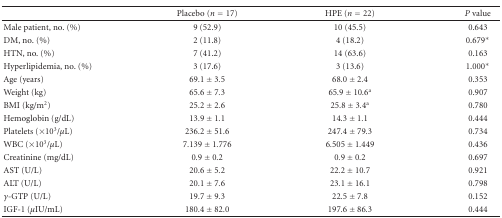
|  | Placebo (n = 17) | HPE (n = 22) | P value |
 | --- | --- | --- | --- |
 | Male patient, no. (%) | 9 (52.9) | 10 (45.5) | 0.643 |
 | DM, no. (%) | 2 (11.8) | 4 (18.2) | 0.679* |
 | HTN, no. (%) | 7 (41.2) | 14 (63.6) | 0.163 |
 | Hyperlipidemia, no. (%) | 3 (17.6) | 3 (13.6) | 1.000* |
 | Age (years) | 69.1 ± 3.5 | 68.0 ± 2.4 | 0.353 |
 | Weight (kg) | 65.6 ± 7.3 | 65.9 ± 10.6a | 0.907 |
 | BMI (kg/m2) | 25.2 ± 2.6 | 25.8 ± 3.4a | 0.780 |
 | Hemoglobin (g/dL) | 13.9 ± 1.1 | 14.3 ± 1.1 | 0.444 |
 | Platelets (×103/μL) | 236.2 ± 51.6 | 247.4 ± 79.3 | 0.734 |
 | WBC (×103/μL) | 7.139 ± 1.776 | 6.505 ± 1.449 | 0.436 |
 | Creatinine (mg/dL) | 0.9 ± 0.2 | 0.9 ± 0.2 | 0.697 |
 | AST (U/L) | 20.6 ± 5.2 | 22.2 ± 10.7 | 0.921 |
 | ALT (U/L) | 20.1 ± 7.6 | 23.1 ± 16.1 | 0.798 |
 | γ-GTP (U/L) | 19.7 ± 9.3 | 22.5 ± 7.8 | 0.152 |
 | IGF-1 (μIU/mL) | 180.4 ± 82.0 | 197.6 ± 86.3 | 0.444 |